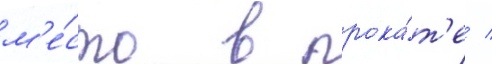
м'е́сто в прока́т'е /